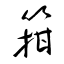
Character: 箝